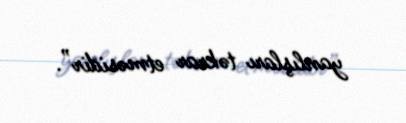
yanlışları təkrar etməsidir”.